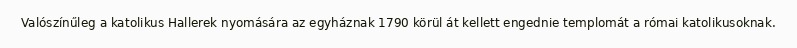
Valószínűleg a katolikus Hallerek nyomására az egyháznak 1790 körül át kellett engednie templomát a római katolikusoknak.